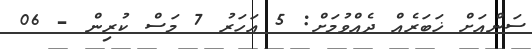
ސަންއަށް ޚަބަރެއް ދެއްވުމަށް: 5 އަހަރު 7 މަސް ކުރިން - 06